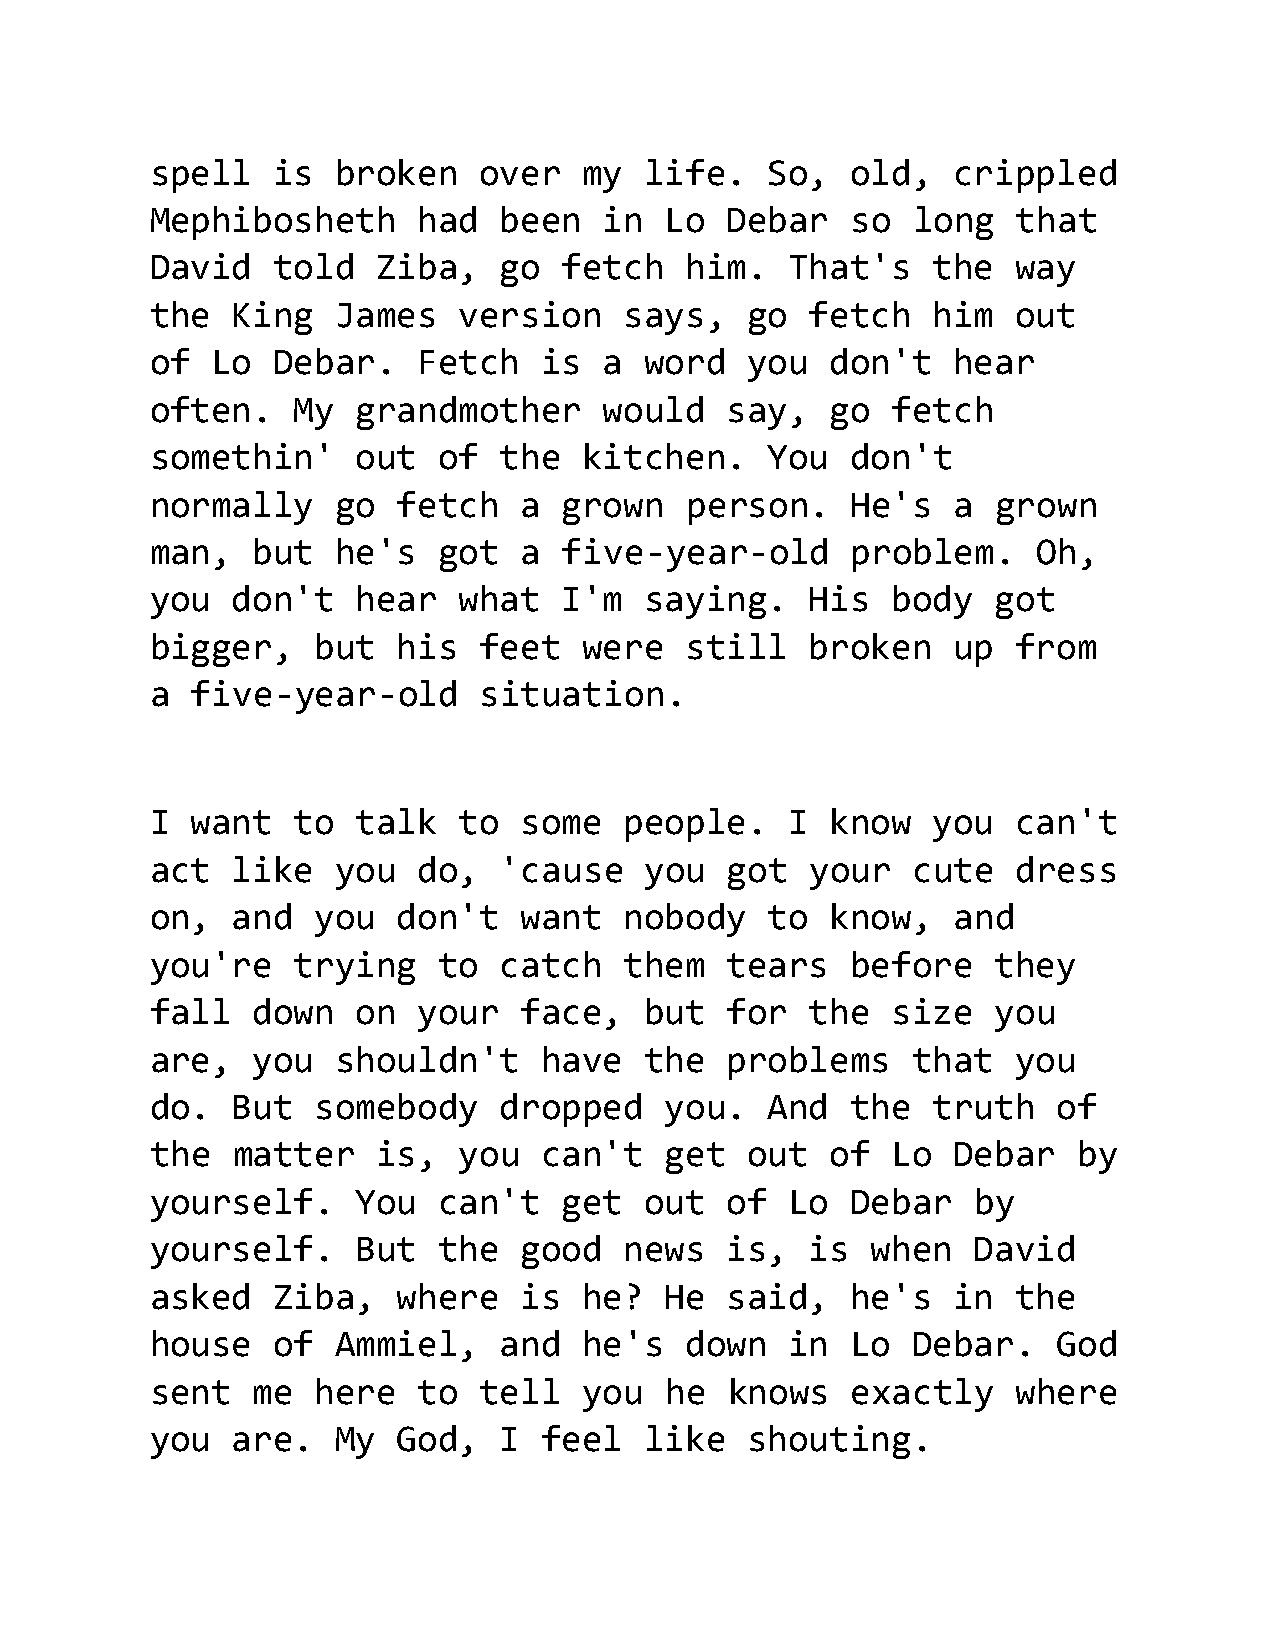
spell   is  broken    over   my  life.   So,  old,   crippled
 Mephibosheth      had  been   in  Lo  Debar   so  long   that
 David   told   Ziba,   go  fetch   him.   That's    the  way
 the  King   James   version    says,    go  fetch   him  out
 of  Lo  Debar.    Fetch   is  a  word   you  don't   hear
 often.   My   grandmother     would   say,   go  fetch
 somethin'     out  of  the   kitchen.    You  don't
 normally    go  fetch   a  grown   person.    He's   a  grown
 man,   but  he's   got  a  five-year-old      problem.     Oh,
 you  don't    hear  what   I'm   saying.    His  body   got
 bigger,    but  his   feet   were  still    broken   up  from
 a  five-year-old      situation.
 I  want  to   talk  to  some   people.    I  know   you  can't
 act  like   you   do,  'cause    you  got   your  cute   dress
 on,  and   you  don't   want   nobody    to  know,   and
 you're   trying    to  catch   them   tears   before    they
 fall   down   on  your  face,    but  for   the  size   you
 are,   you  shouldn't     have   the  problems    that   you
 do.  But   somebody    dropped    you.   And  the   truth   of
 the  matter    is,  you   can't   get   out  of  Lo  Debar   by
 yourself.     You  can't   get   out  of  Lo  Debar    by
 yourself.     But  the  good   news   is,   is  when   David
 asked   Ziba,   where   is   he?  He  said,   he's   in  the
 house   of  Ammiel,    and   he's  down   in  Lo  Debar.    God
 sent   me  here   to  tell   you  he  knows   exactly    where
 you  are.   My  God,   I  feel   like   shouting.